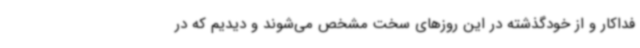
فداکار و از خودگذشته در این روزهای سخت مشخص می‌شوند و دیدیم که در